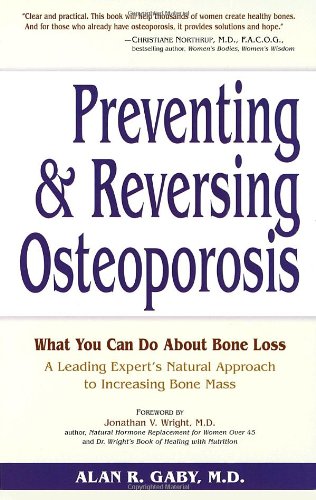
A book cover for Preventing and Reversing Osteoporosis: What You Can Do About Bone Loss - A Leading Expert's Natural Approach to Increasing Bone Mass; Alan Gaby M.D.; Health, Fitness & Dieting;